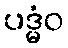
ပဒ္မံဝ